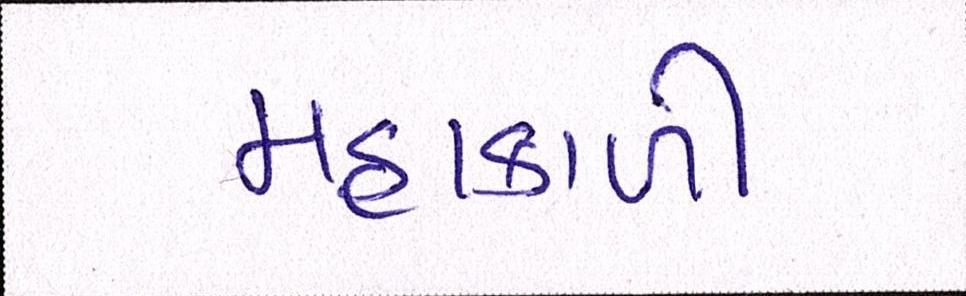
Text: મહાકાળી